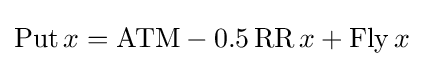
\operatorname {Put} x=\mathrm {ATM} -0.5\operatorname {RR} x+\operatorname {Fly} x